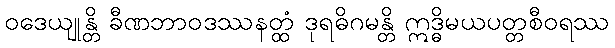
ဝဒေယျုန္တိ ခီဏဘာဝဒဿနတ္ထံ ဒုရဓိဂမန္တိ ဣဒ္ဓိမယပတ္တစီဝရဿ